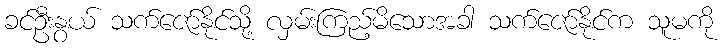
ခင်ဦးနွယ် သက်ဇော်နိုင်သို့ လှမ်းကြည့်မိသောအခါ သက်ဇော်နိုင်က သူမကို